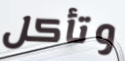
وتأكل